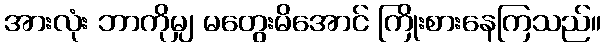
အားလုံး ဘာကိုမျှ မတွေးမိအောင် ကြိုးစားနေကြသည်။